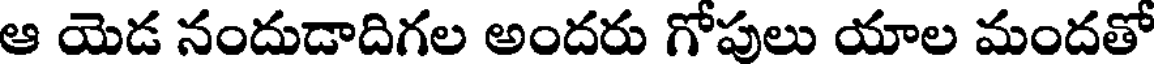
ఆ యెడ నందుడాదిగల అందరు గోపులు యాల మందతో